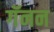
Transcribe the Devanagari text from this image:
गॅनन